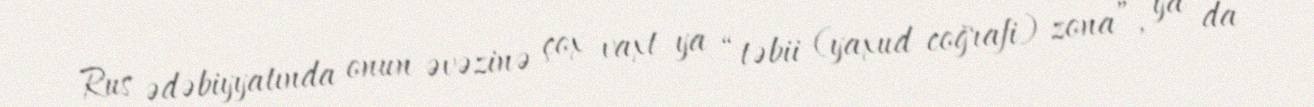
Rus ədəbiyyatında onun əvəzinə çox vaxt ya “təbii (yaxud coğrafi) zona”, ya da